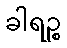
ခါရဉ္စ